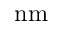
\mathrm { n m }